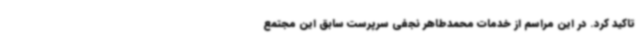
تاکید کرد. در این مراسم از خدمات محمدطاهر نجفی سرپرست سابق این مجتمع